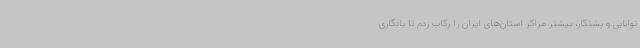
توانایی و پشتکار، بیشتر مراکز استان‌های ایران را رکاب زدم تا یادگاری